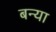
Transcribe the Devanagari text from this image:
बन्या